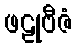
ဖဠုဗီဇံ